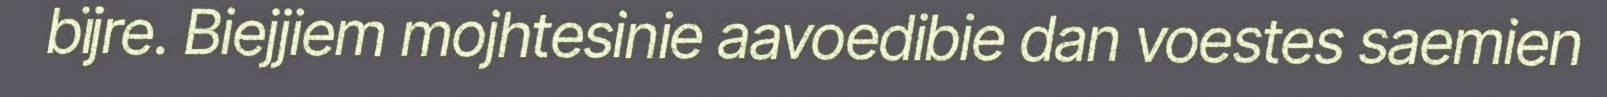
bïjre. Biejjiem mojhtesinie aavoedibie dan voestes saemien